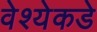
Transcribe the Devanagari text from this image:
वेश्येकडे